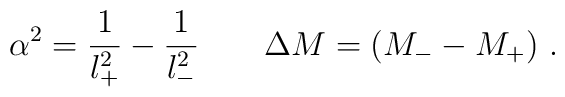
\alpha^2=\frac{1}{l_+^2} - \frac{1}{l_-^2} \ \ \ \ \ \ \Delta M =  (M_--M_+) \  .